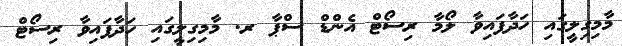
މާމިގިލީގައި ހަދާފައިވާ ލޯމާ ރިސޯޓް އެންޑް ސްޕާ ރ. މާމިގިލީގައި ހަދާފައިވާ ރިސޯޓް